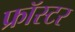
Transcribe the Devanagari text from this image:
फ्रॉस्टर